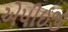
એપીઈજી